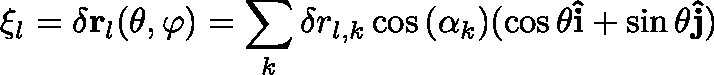
\mathbf { \xi } _ { l } = \delta \mathbf { r } _ { l } ( \theta , \varphi ) = \sum _ { k } \delta r _ { l , k } \cos { ( \alpha _ { k } ) } ( \cos { \theta } \mathbf { \hat { i } } + \sin { \theta } \mathbf { \hat { j } } )